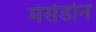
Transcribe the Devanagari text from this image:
मेसेडोन